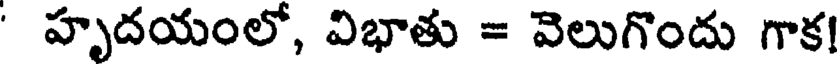
' హృదయంలో, విభాతు = వెలుగొందు గాక!